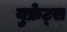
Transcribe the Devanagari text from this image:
युफ्रेट्स